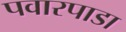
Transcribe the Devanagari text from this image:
पवारपाडा